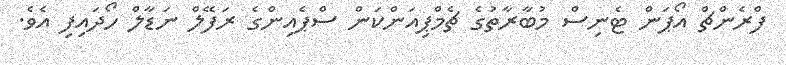
ފްރެންޗް އޯޕަން ޓެނިސް މުބާރާތުގެ ޗެމްޕިއަންކަން ސްޕެއިންގެ ރަފޭލް ނަޑާލް ހޯދައިފި އެވެ.